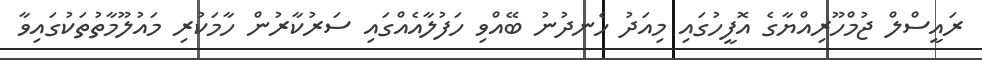
ރައީސްލް ޖުމްހޫރިއްޔާގެ އޮފީހުގައި މިއަދު ހެނދުނު ބޭއްވި ހަފުލާއެއްގައި ސަރުކާރުން ހާމަކުރި މައުލޫމާތުތަކުގައިވާ